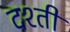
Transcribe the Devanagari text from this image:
दश्ती